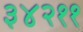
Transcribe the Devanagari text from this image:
३४२११